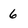
Character: 6